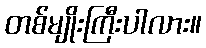
တစ်မျိုးကြီးပါလား။